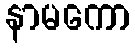
နာမကော